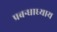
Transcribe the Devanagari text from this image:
प्रबन्धाध्याय